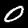
Digit: 0